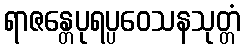
ရာဇန္တေပုရပ္ပဝေသနသုတ္တံ